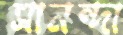
সানন্দা